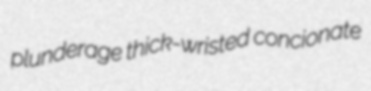
plunderage thick-wristed concionate